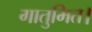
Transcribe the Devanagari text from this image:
गातुमित।